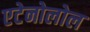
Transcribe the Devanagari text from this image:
एटेनोलोल